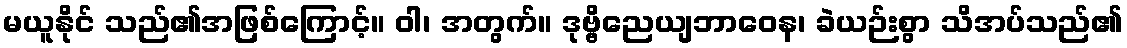
မယူနိုင် သည်၏အဖြစ်ကြောင့်။ ဝါ၊ အတွက်။ ဒုဗ္ဗိညေယျဘာဝေန၊ ခဲယဉ်းစွာ သိအပ်သည်၏